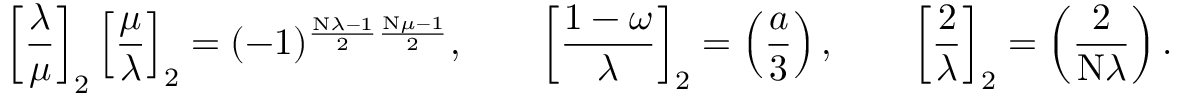
\left[ { \frac { \lambda } { \mu } } \right] _ { 2 } \left[ { \frac { \mu } { \lambda } } \right] _ { 2 } = ( - 1 ) ^ { { \frac { \mathrm { N } \lambda - 1 } { 2 } } { \frac { \mathrm { N } \mu - 1 } { 2 } } } , \qquad \left[ { \frac { 1 - \omega } { \lambda } } \right] _ { 2 } = \left( { \frac { a } { 3 } } \right) , \qquad \left[ { \frac { 2 } { \lambda } } \right] _ { 2 } = \left( { \frac { 2 } { \mathrm { N } \lambda } } \right) .